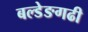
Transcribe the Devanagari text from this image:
बल्डेङगढी